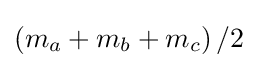
\left(m_{a}+m_{b}+m_{c}\right)/2